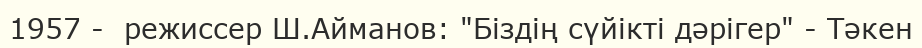
1957 -  режиссер Ш.Айманов: "Біздің сүйікті дәрігер" - Тәкен